Report of the Municipal Commissioner on the plague in Bombay for the year ending 31st May... - Volume 2
Disease focus: Plague
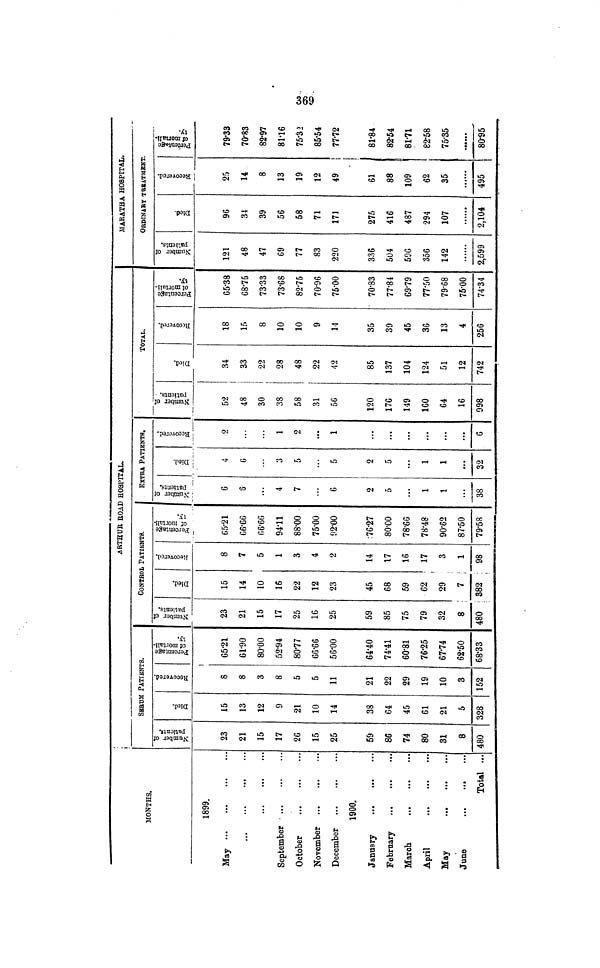
MONTHS.
1899.
May
September
...
October
November
December
1900.
January
February
March
April
May
June
Total ...
i
SERUM PATIENTS.
Number
of patients.
23
21
15
17
26
15
25
59
86
74
80
31
8
480
Died.
15
13
12
9
21
10
14
38
64
45
61
21
5
328
Recovered.
8
8
3
8
5
5
11
21
22
29
19
10
3
152
Percentage
of mortali-
ty.
1
65.21
61.90
80.00
52.94
80.77
66.66
56.00
64.40
74.41
60.81
76.25
67.74
62.50
68.33
ARTHUR ROAD HOSPITAL.
CONTROL PATIENTS.
Number
of patients.
23
21
15
17
25
16
25
59
85
75
79
32
8
480
Died.
15
14
10
16
22
12
23
45
68
59
62
29
7
382
Recovered
8
7
5
1
3
4
2
14
17
16
17
3
1
98
Percentage
of mortali-
ty.
65.21
66.66
66.66
94.11
88.00
75.00
92.00
76.27
80.00
78.66
78.48
90.62
87.50
79.58
EXTRA PATIENTS.
Number
of patients.
6
6
...
4
7
6
2
5
...
1
1
...
38
Died.
4
6
3
5
...
5
2
5
...
1
1
...
32
Recovered.
2
...
1
2
...
1
...
...
...
...
...
...
6
Number of
patients.
52
48
30
38
58
31
56
120
176
149
160
64
16
998
TOTAL.
Died.
34
33
22
28
48
22
42
85
137
104
124
51
12
742
Recovered
18
15
8
10
10
9
14
35
39
45
36
13
4
256
Percentage
of mortali-
ty.
65.38
68.75
73.33
73.68
82.75
70.96
75.00
70.83
77.84
69.79
77.50
79.68
75.00
74.34
MARATHA HOSPITAL
ORDINARY TREATMENT.
Number of
patients.
121
48
47
69
77
83
220
336
504
590
356
142
2,599
Died.
96
34
39
56
58
71
171
275
416
487
294
107
2,104
Recovered.
25
14
8
13
19
12
49
61
88
109
62
35
495
Percentage
of mortality.
79.33
70.83
82.97
81.16
75.32
85.54
77.72
81.84
82.54
81.71
82.58
75.35
80.95
369